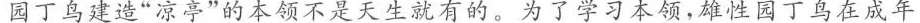
园丁鸟建造”凉亭”的本领不是天生就有的。为了学习本领，雄性园丁鸟在成年